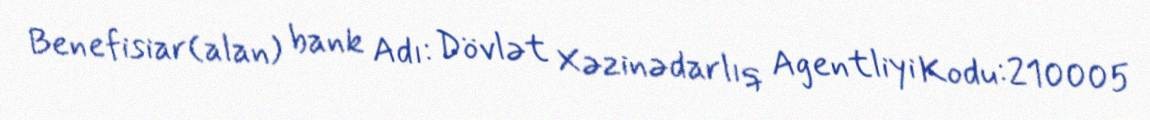
Benefisiar(alan) bank Adı: Dövlət Xəzinədarlıq Agentliyi Kodu:210005